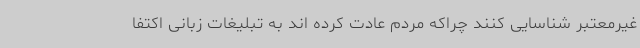
غیرمعتبر شناسایی کنند چراکه مردم عادت کرده اند به تبلیغات زبانی اکتفا